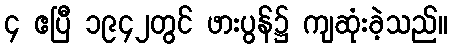
၄ ဧပြီ ၁၉၄၂တွင် ဖားပွန်၌ ကျဆုံးခဲ့သည်။